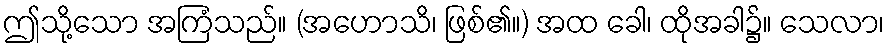
ဤသို့သော အကြံသည်။ (အဟောသိ၊ ဖြစ်၏။) အထ ခေါ၊ ထိုအခါ၌။ သေလာ၊